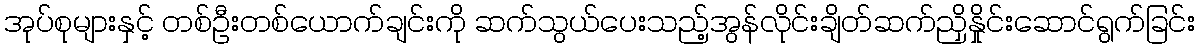
အုပ်စုများနှင့် တစ်ဦးတစ်ယောက်ချင်းကို ဆက်သွယ်ပေးသည့်အွန်လိုင်းချိတ်ဆက်ညှိနှိုင်းဆောင်ရွက်ခြင်း